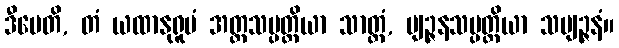
ဒီပေတိ, တံ ယထာနုရူပံ အတ္ထသမ္ပတ္တိယာ သာတ္ထံ, ဗျဉ္ဇနသမ္ပတ္တိယာ သဗျဉ္ဇနံ။